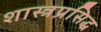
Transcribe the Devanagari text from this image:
शास्त्रप्रसिद्ध